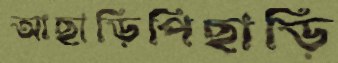
আছাড়িপিছাড়ি